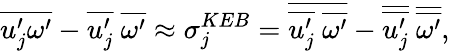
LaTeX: \overline{{u_{j}^{\prime}\omega^{\prime}}}-\overline{{u_{j}^{\prime}}}~\overline{{\omega^{\prime}}}\approx\sigma_{j}^{KEB}=\overline{{\overline{{u_{j}^{\prime}}}~\overline{{\omega^{\prime}}}}}-\overline{{\overline{{u_{j}^{\prime}}}}}~\overline{{\overline{{\omega^{\prime}}}}},